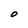
Character: O